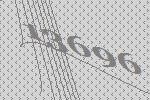
13696